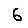
Digit: 6